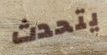
يتحدث